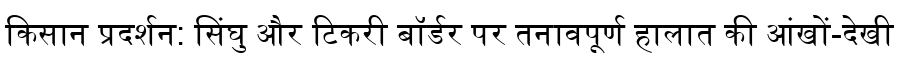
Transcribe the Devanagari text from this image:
किसान प्रदर्शन: सिंघु और टिकरी बॉर्डर पर तनावपूर्ण हालात की आंखों-देखी